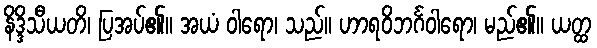
နိဒ္ဒိသီယတိ၊ ပြအပ်၏။ အယံ ဝါရော၊ သည်။ ဟာရဝိဘင်္ဂဝါရော၊ မည်၏။ ယတ္ထ